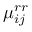
\mu _ { i j } ^ { r r }